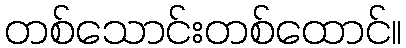
တစ်သောင်းတစ်ထောင်။